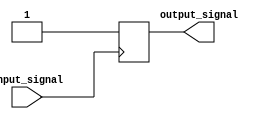
module Voltage_Level_Shifter (
    input wire input_signal,
    output reg output_signal
);

// logic to detect input voltage level and perform level shifting
always @ (posedge input_signal)
begin
    if (input_signal == 1'b0)
        output_signal <= 1'b0;
    else
        output_signal <= 1'b1;
end

endmodule